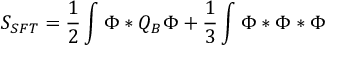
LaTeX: S _ { S F T } = \frac 1 2 \int \Phi * Q _ { B } \Phi + \frac 1 3 \int \Phi * \Phi * \Phi